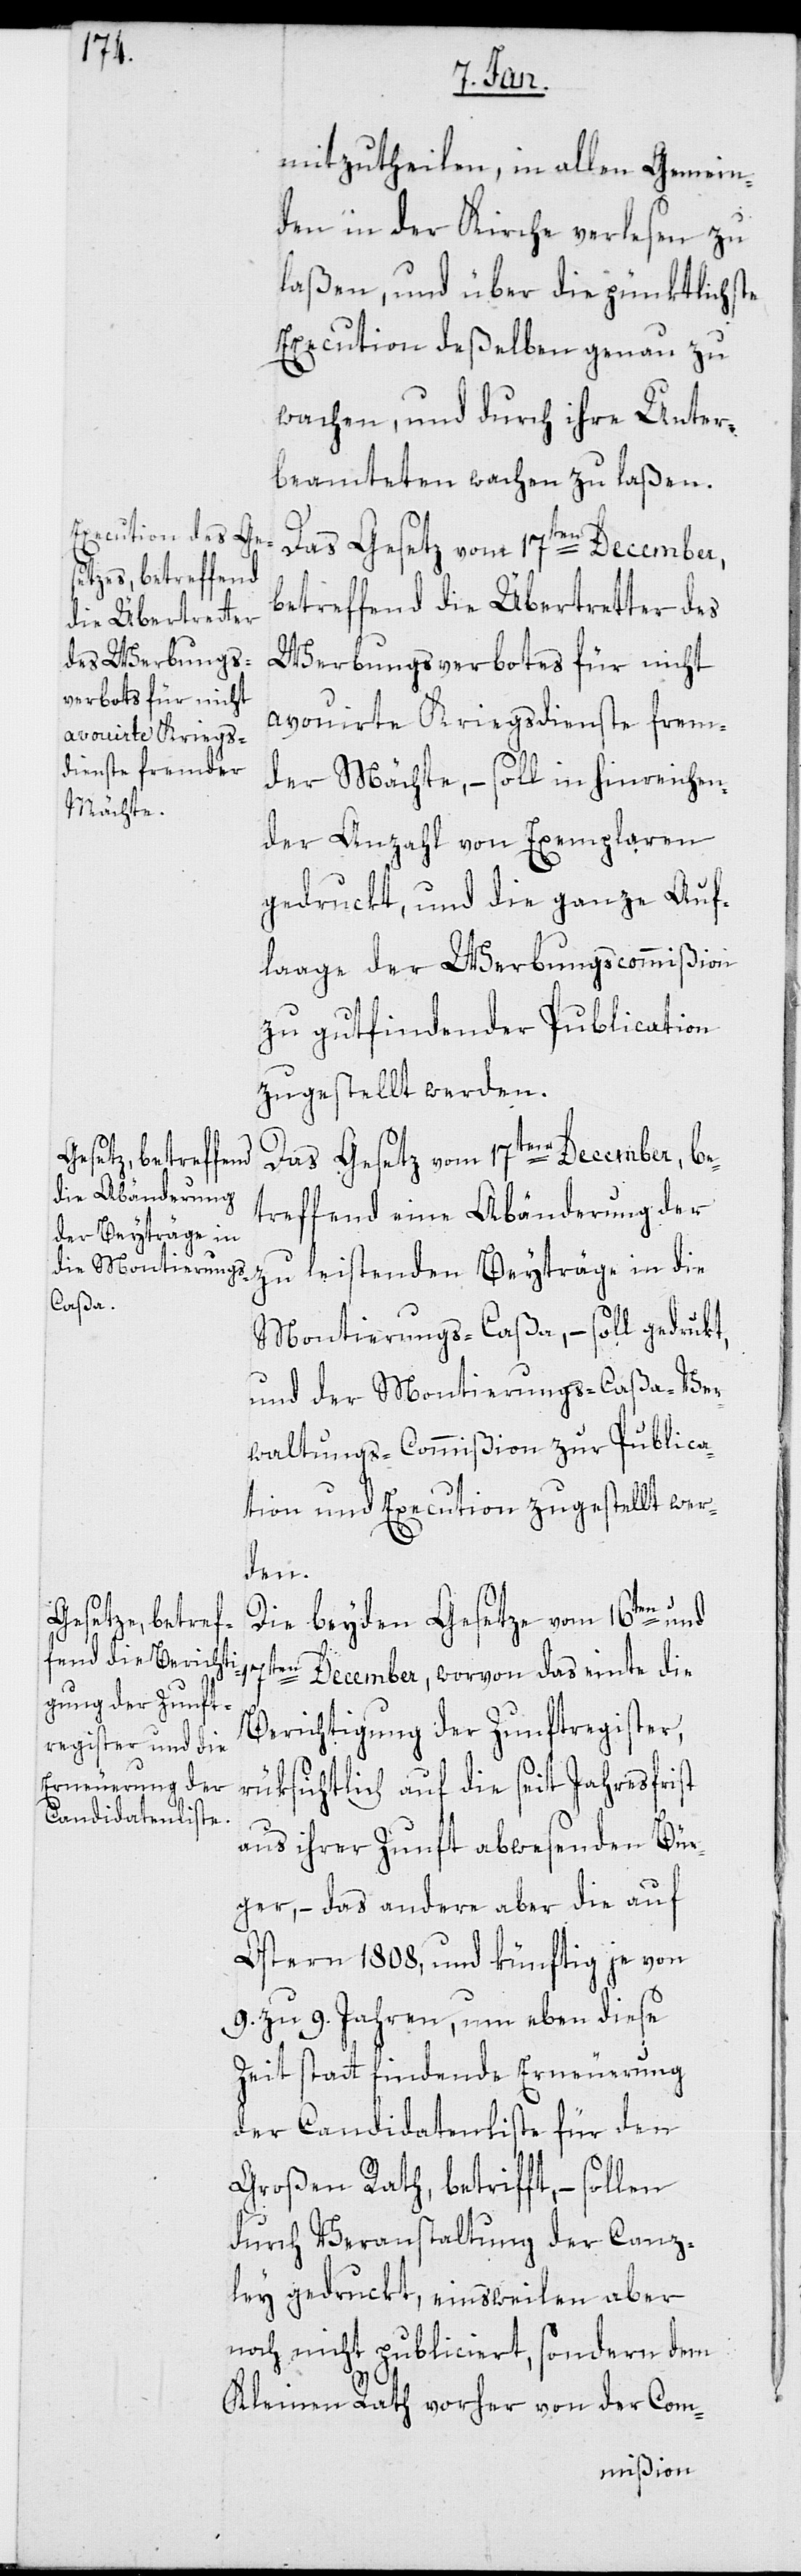
mitzutheilen, in allen Gemein¬
den in der Kirche verlesen zu
laßen, und über die pünktlichste
Execution deßelben genau zu
wachen, und durch ihre Unter¬
beamteten wachen zu laßen.
Das Gesetz vom 17ten December,
betreffend die Übertretter des
Werbungsverbotes für nicht
avouirte Kriegsdienste frem¬
der Mächte, – soll in hinreichen¬
der Anzahl von Exemplaren
gedruckt, und die ganze Auf¬
laage der Werbungscommißion
zu gutfindender Publication
zugestellt werden.
Das Gesetz vom 17ten December, be¬
treffend eine Abänderung der
zu leistenden Beyträge in die
Montierungs-Caßa, – soll gedrukt,
und der Montierungscaßa-Ver¬
waltungs-Commißion zur Publica¬
tion und Execution zugestellt wer¬
den.
Die beyden Gesetze vom 16ten und
Berichtigung der Zunftregister,
rüksichtlich auf die seit Jahresfrist
aus ihrer Zunft abwesenden Bür¬
ger, – das andere aber die auf
Ostern 1808, und künftig je von
9 zu 9. Jahren, um eben diese
Zeit statt findende Erneuerung
der Candidatenliste für den
Großen Rath betrifft, – sollen
durch Veranstaltung der Canz¬
ley gedruckt, einsweilen aber
noch nicht publiciert, sondern dem
die
Kleinen Rath vorher von der Com-